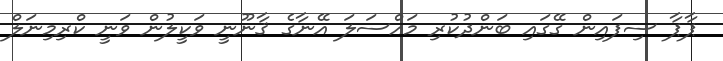
ޕާޕާ ސިފައިން ގޭގައި ބަންދުކުރި މައްސަލަ އޭނާގެ ޤާނޫނީ ވަކީލުން ވަނީ ކްރިމިނަލް